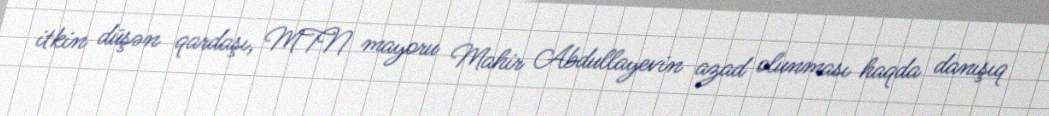
itkin düşən qardaşı, MTN mayoru Mahir Abdullayevin azad olunması haqda danışıq